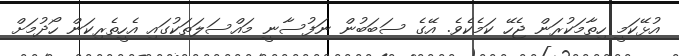
އުޅޭކަމީ ހިތާމަކުރަން ޖެހޭ ކަމެކެވެ. އޭގެ ސަބަބުން ނަފުސާނީ މައްސަލަތަކުގައި އެހީތެރިކަން ހޯދުމަށް